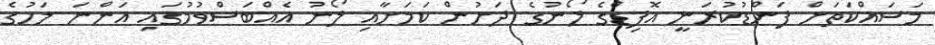
މަސައްކަތަށް ފަންޑުކުރަނީ އޮފިޑްގެ ލޯނުގެ ދަށުން ކަމަށާއި ލޯނު އެއްބަސްވުމުގައި އަންނަ މަހުގެ